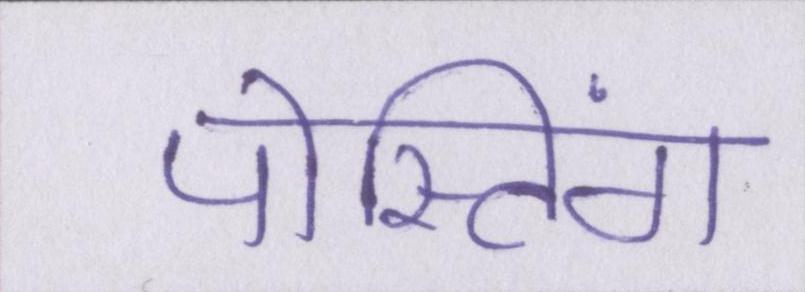
पोस्टिंग